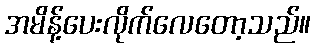
အမိန့်ပေးလိုက်လေတော့သည်။